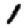
Digit: 1